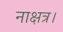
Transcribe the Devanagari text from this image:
नाक्षत्र।